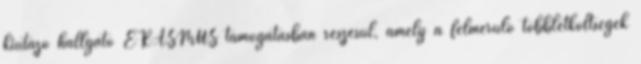
kiutazó hallgató ERASMUS támogatásban részesül, amely a felmerülő többletköltségek